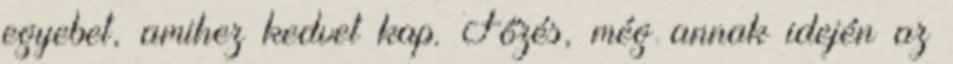
egyebet, amihez kedvet kap. Főzés, még annak idején az